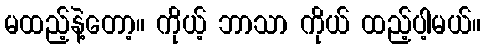
မထည့်နဲ့တော့။ ကိုယ့် ဘာသာ ကိုယ် ထည့်ပါ့မယ်။